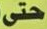
حتى